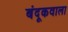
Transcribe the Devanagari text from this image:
बंदूकवाला